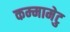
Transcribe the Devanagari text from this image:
कम्‍मामेटु